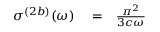
\begin{array} { r l r } { \sigma ^ { ( 2 b ) } ( \omega ) } & { { } = } & { \frac { \pi ^ { 2 } } { 3 c \omega } } \end{array}